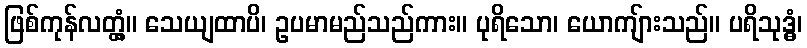
ဖြစ်ကုန်လတ္တံ့။ သေယျထာပိ၊ ဥပမာမည်သည်ကား။ ပုရိသော၊ ယောကျ်ားသည်။ ပရိသုဒ္ဓံ၊